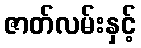
ဇာတ်လမ်းနှင့်